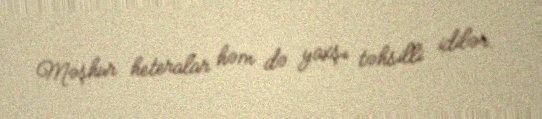
Məşhur heteralar həm də yaxşı təhsilli idilər.